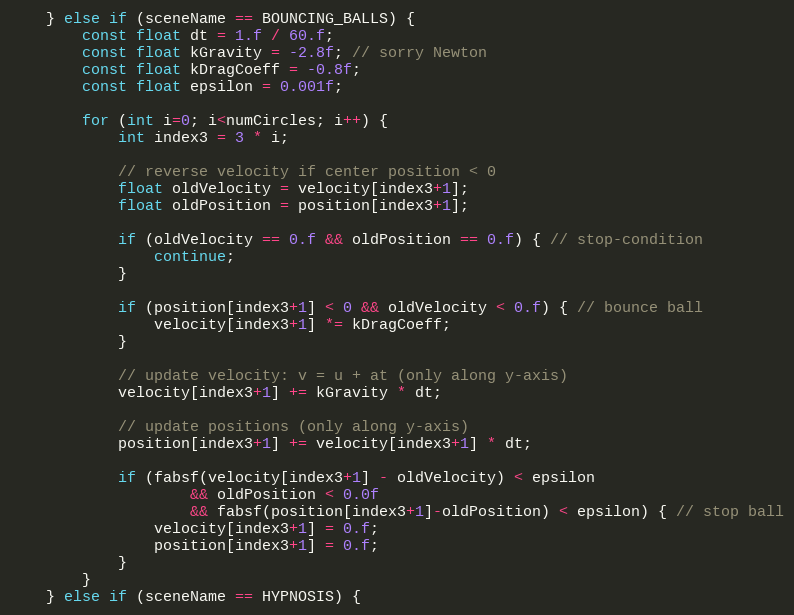
Language: C++
    } else if (sceneName == BOUNCING_BALLS) {
        const float dt = 1.f / 60.f;
        const float kGravity = -2.8f; // sorry Newton
        const float kDragCoeff = -0.8f;
        const float epsilon = 0.001f;

        for (int i=0; i<numCircles; i++) {
            int index3 = 3 * i;

            // reverse velocity if center position < 0
            float oldVelocity = velocity[index3+1];
            float oldPosition = position[index3+1];

            if (oldVelocity == 0.f && oldPosition == 0.f) { // stop-condition
                continue;
            }

            if (position[index3+1] < 0 && oldVelocity < 0.f) { // bounce ball
                velocity[index3+1] *= kDragCoeff;
            }

            // update velocity: v = u + at (only along y-axis)
            velocity[index3+1] += kGravity * dt;

            // update positions (only along y-axis)
            position[index3+1] += velocity[index3+1] * dt;

            if (fabsf(velocity[index3+1] - oldVelocity) < epsilon
                    && oldPosition < 0.0f
                    && fabsf(position[index3+1]-oldPosition) < epsilon) { // stop ball
                velocity[index3+1] = 0.f;
                position[index3+1] = 0.f;
            }
        }
    } else if (sceneName == HYPNOSIS) {